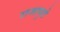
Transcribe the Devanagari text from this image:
राजापुढे